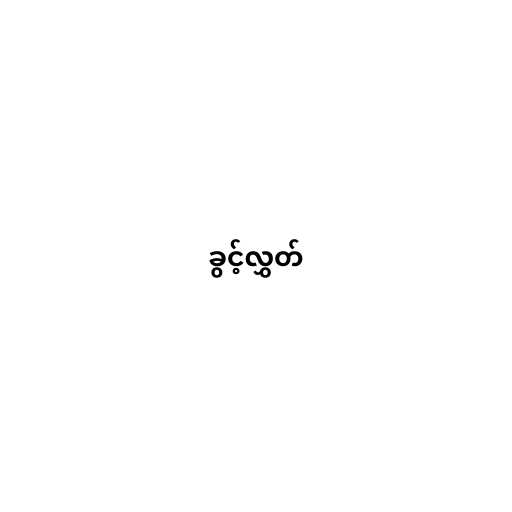
ခွင့်လွှတ်